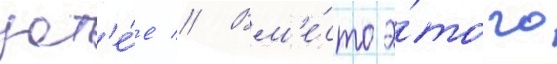
зат'е́е // Вм'е́сто э́того